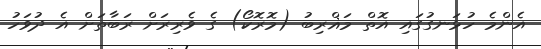
އެންމެ ހުޅަނގުގައި އޮތް މަޣްރިބު (މޮރޮކޯ) ގެ ވެރިރަށް ރަބާތަށް އެ ދުވަހު